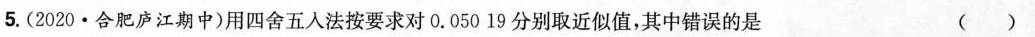
5.(2020·合肥庐江期中)用四舍五入法按要求对0.05019分别取近似值，其中错误的是 ( )